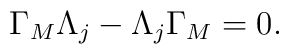
\Gamma _{M}\Lambda _{j}-\Lambda _{j}\Gamma _{M}=0.